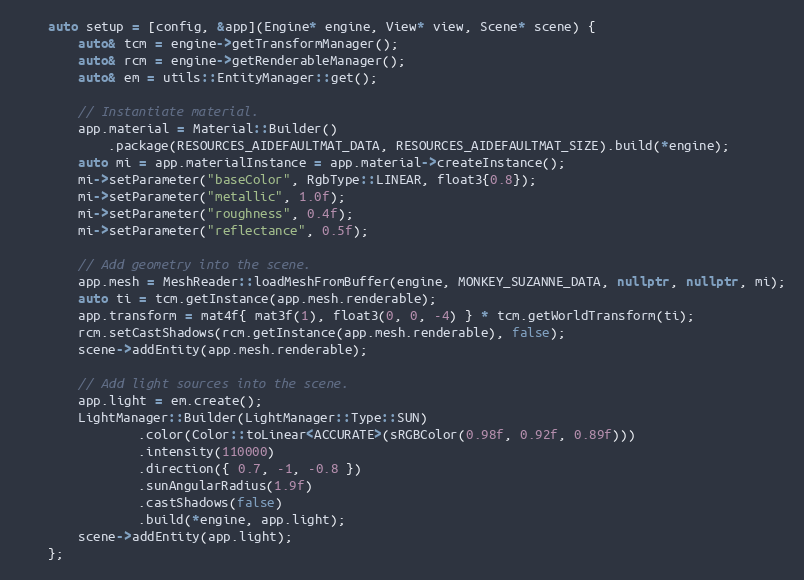
Language: C++
    auto setup = [config, &app](Engine* engine, View* view, Scene* scene) {
        auto& tcm = engine->getTransformManager();
        auto& rcm = engine->getRenderableManager();
        auto& em = utils::EntityManager::get();

        // Instantiate material.
        app.material = Material::Builder()
            .package(RESOURCES_AIDEFAULTMAT_DATA, RESOURCES_AIDEFAULTMAT_SIZE).build(*engine);
        auto mi = app.materialInstance = app.material->createInstance();
        mi->setParameter("baseColor", RgbType::LINEAR, float3{0.8});
        mi->setParameter("metallic", 1.0f);
        mi->setParameter("roughness", 0.4f);
        mi->setParameter("reflectance", 0.5f);

        // Add geometry into the scene.
        app.mesh = MeshReader::loadMeshFromBuffer(engine, MONKEY_SUZANNE_DATA, nullptr, nullptr, mi);
        auto ti = tcm.getInstance(app.mesh.renderable);
        app.transform = mat4f{ mat3f(1), float3(0, 0, -4) } * tcm.getWorldTransform(ti);
        rcm.setCastShadows(rcm.getInstance(app.mesh.renderable), false);
        scene->addEntity(app.mesh.renderable);

        // Add light sources into the scene.
        app.light = em.create();
        LightManager::Builder(LightManager::Type::SUN)
                .color(Color::toLinear<ACCURATE>(sRGBColor(0.98f, 0.92f, 0.89f)))
                .intensity(110000)
                .direction({ 0.7, -1, -0.8 })
                .sunAngularRadius(1.9f)
                .castShadows(false)
                .build(*engine, app.light);
        scene->addEntity(app.light);
    };